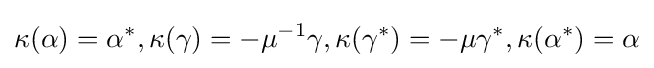
\kappa (\alpha )=\alpha ^{*},\kappa (\gamma )=-\mu ^{-1}\gamma ,\kappa (\gamma ^{*})=-\mu \gamma ^{*},\kappa (\alpha ^{*})=\alpha